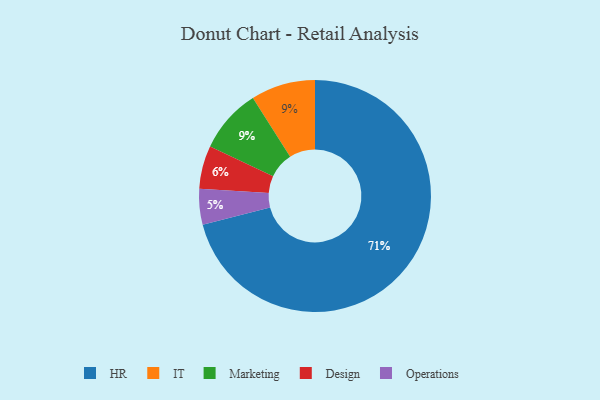
{"axis": {"x": "Category", "y": "Percentage"}, "legend": ["Design", "HR", "IT", "Marketing", "Operations"], "data": [{"x": "Operations", "y": 5, "type": "Operations"}, {"x": "HR", "y": 71, "type": "HR"}, {"x": "IT", "y": 9, "type": "IT"}, {"x": "Marketing", "y": 9, "type": "Marketing"}, {"x": "Design", "y": 6, "type": "Design"}]}